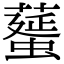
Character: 𦿸